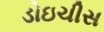
ડોઇચીસ